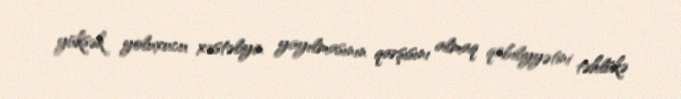
yüksək yoluxucu xəstəliyin yayılmasının qarşısını almaq qabiliyyətini təhlükə